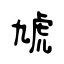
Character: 虓